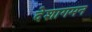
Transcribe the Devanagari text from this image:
देशागमन